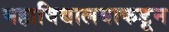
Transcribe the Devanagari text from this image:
महाविद्यालयाकडून